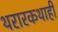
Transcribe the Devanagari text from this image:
थरारकथाही